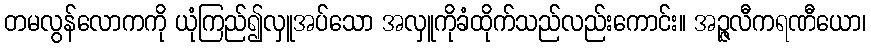
တမလွန်လောကကို ယုံကြည်၍လှူအပ်သော အလှူကိုခံထိုက်သည်လည်းကောင်း။ အဉ္ဇလီကရဏီယော၊